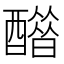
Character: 𨣋